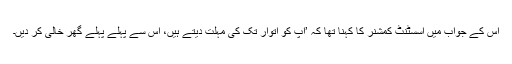
اس کے جواب میں اسسٹنٹ کمشنر کا کہنا تھا کہ ’آپ کو اتوار تک کی مہلت دیتے ہیں، اس سے پہلے پہلے گھر خالی کر دیں۔